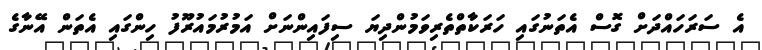
އެ ސަރަހައްދަށް ގޮސް އެތަނުގައި ހަރަކާތްތެރިވަމުންދިޔަ ސިފައިންނަށް އަމުރުމައުރޫފު ހިންގައި އެތަން އޭނާގެ